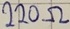
Text: 220Ω